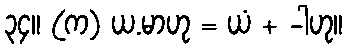
၃၄။ (က) ယ.မာဟု = ယံ + -ါဟု။